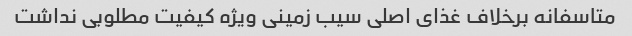
متاسفانه برخلاف غذای اصلی سیب زمینی ویژه کیفیت مطلوبی نداشت